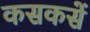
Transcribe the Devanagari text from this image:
कसकसें